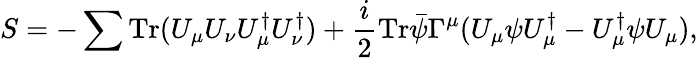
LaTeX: S=-\sum{\mathrm{Tr}({{U}_{\mu}{U}_{\nu}{U}_{\mu}^{\dagger}{U}_{\nu}^{\dagger}})}+\frac{i}{2}\mathrm{Tr}{{\bar{\psi}}{\Gamma^{\mu}}(U_{\mu}\psi U_{\mu}^{\dagger}-U_{\mu}^{\dagger}\psi U_{\mu})},